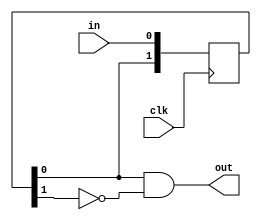
/**
 * Synchronises a flag against clk, delays it by one clock cycle and ensures
 * that it does not remain active for more than one clock cycle.
 */
module Flag_Delay1tcy_OneCycle(clk, in, out);
	input		clk, in;
	output	out;

	reg[1:0] in_Delayed;
	always @(posedge clk) in_Delayed <= {in_Delayed[0], in};
	assign out = (in_Delayed[0] && !in_Delayed[1]);
endmodule

// vim: ts=3 sw=3